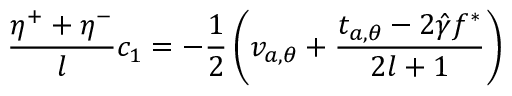
\frac { \eta ^ { + } + \eta ^ { - } } { l } c _ { 1 } = - \frac { 1 } { 2 } \left( v _ { a , \theta } + \frac { t _ { a , \theta } - 2 \hat { \gamma } f ^ { * } } { 2 l + 1 } \right)